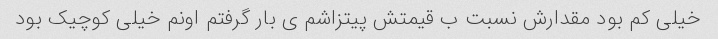
خیلی کم بود مقدارش نسبت ب قیمتش پیتزاشم ی بار گرفتم اونم خیلی کوچیک بود